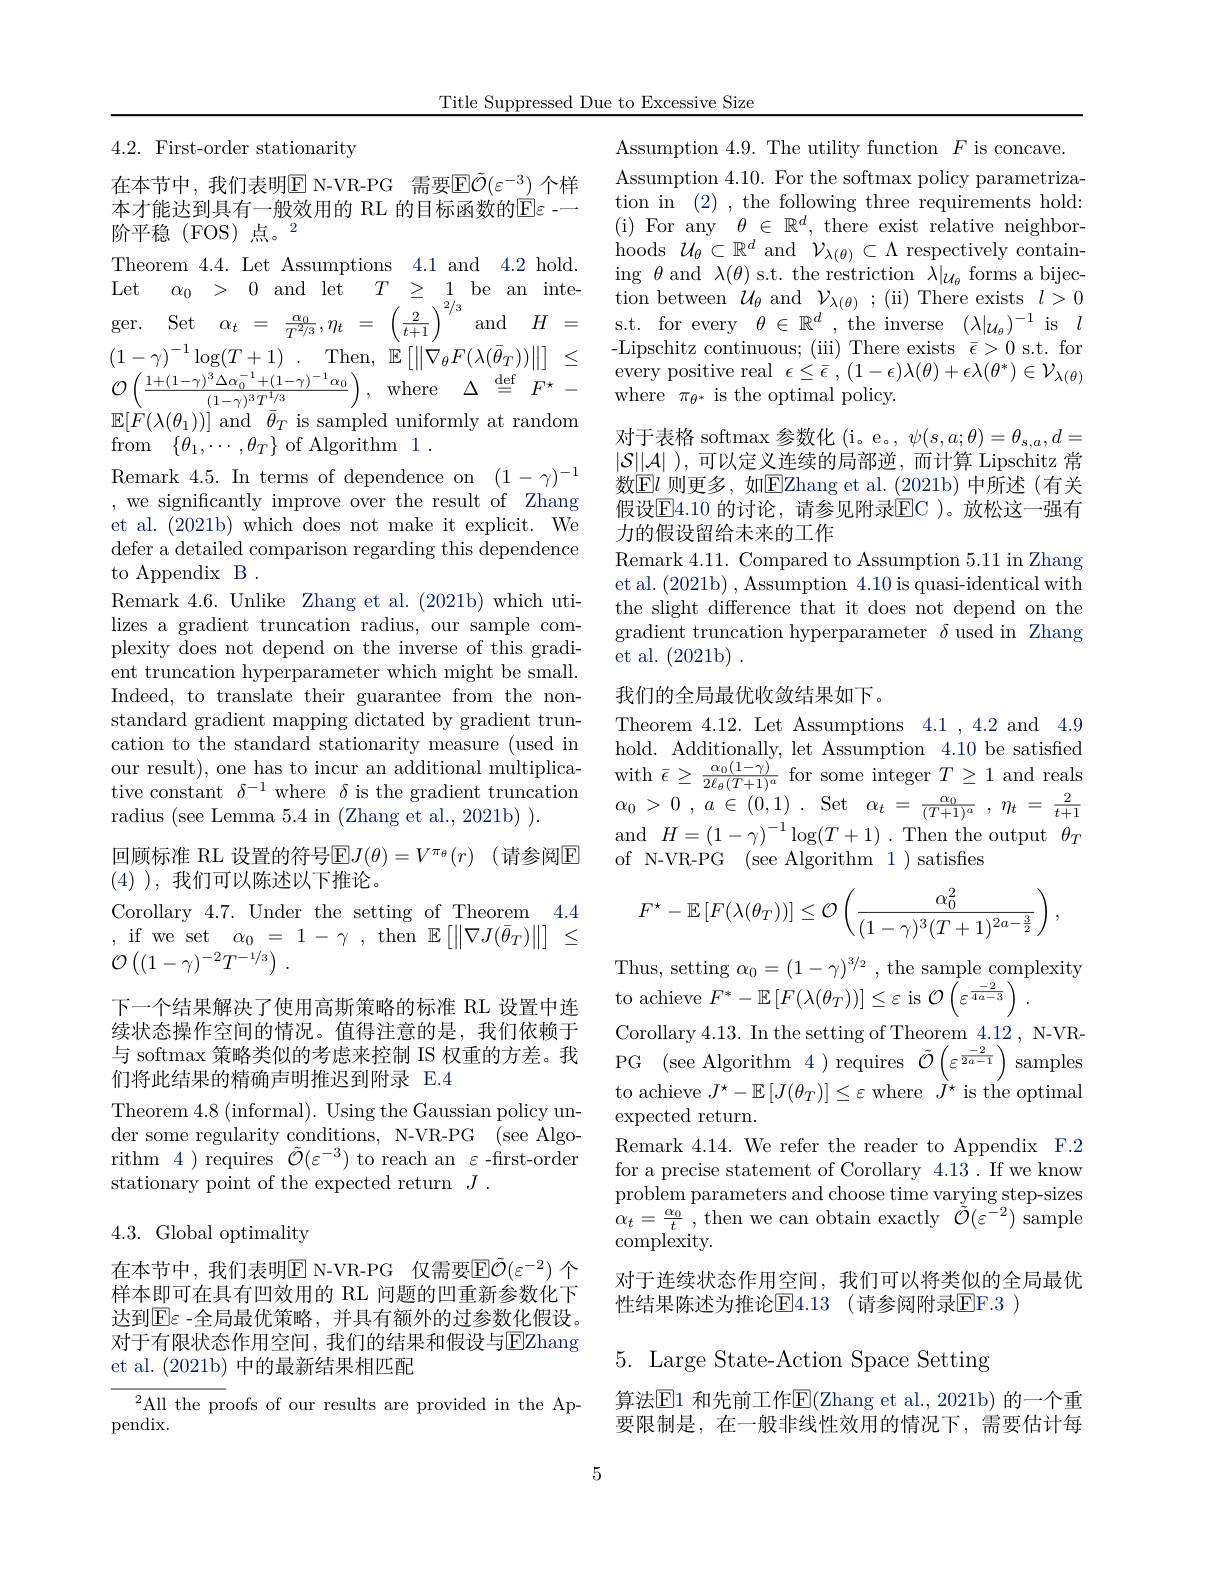
Title Suppressed Due to Excessive Size

## 4.2. First-order stationarity

Assumption 4.9. The utility function $F$ is concave.
Assumption 4.10. For the softmax policy parametrization in (2) , the following three requirements hold: (i) For any$\theta\in\mathbb{R}^d$,there exist relative neighborhoods $\mathcal{U}_\theta\subset\mathbb{R}^d$ and $\mathcal{V}_\lambda(\theta)\subset\Lambda$ respectively containing $\theta$ and $\lambda(\theta)$ s.t. the restriction $\lambda|_\mathcal{U}_\theta$ forms a bijection between $\mathcal{U}_{\theta}$ and $\mathcal{V}_{\lambda(\theta)}$ ; (ii) There exists $l>0$ s.t. for every $\theta\in\mathbb{R}^d$, the inverse$(\lambda|_{\mathcal{U}_\theta})^{-1}$is$l$ -Lipschitz continuous; (iii) There exists $\bar{\epsilon}>0$ s.t. for $\begin{array}{l}{{\mathrm{every~positive~real~}\epsilon\leq\bar{\epsilon}~,~(1-\epsilon)\lambda(\theta)+\epsilon\lambda(\theta^{*})\in\mathcal{V}_{\lambda(\theta)}}}\\{{\mathrm{where~}\pi_{\theta^{*}~is~the~optimal~policy.}}}\end{array}$ where $\pi_{\theta^*}$ is the optimal policy.

在本节中，我们表明$\operatorname{E}$ N-VR-PG 需要$\operatorname{E}\tilde{\mathcal{O}}(\varepsilon^{-3})$ 个样本才能达到具有一般效用的 RL 的目标函数的E$\varepsilon$ - 阶平稳(FOS)点。2
Theorem 4.4. Let Assumptions 4.1 and 4.2 hold. Let $\alpha _{0}$ > 0 and let $T$ $\geq$ 1 be an inte- $\begin{array}{rcl}\mathrm{ger.}&\mathrm{Set}&\alpha_{t}&=&\frac{\alpha_{0}}{T^{2/3}},\eta_{t}&=&\left(\frac{-}{\frac{2}{t+1}}\right)^{2/3}&\mathrm{and}&H&=\end{array}$ $\left ( 1- \gamma \right ) ^{- 1}\log ( T+ 1)$ . $\operatorname { \mathrm{Then}} $, $\operatorname { \mathbb{E} } \left [ \| \acute{\nabla } _{\theta }F( \lambda ( \bar{\theta } _{T}) ) \| \right ]$ $\leq$ $\mathcal{O} \left ( \frac {1+ ( 1- \gamma ) ^{3}\Delta \alpha _{0}^{- 1}+ ( 1- \gamma ) ^{- 1}\alpha _{0}}{( 1- \gamma ) ^{3}T^{1/ 3}}\right ) $, where $\Delta \overset {\mathrm{def}}{\operatorname* { = } }$ $F^{\star }$ - $\begin{array}{c}{\mathbb{E}[\dot{F}(\lambda(\theta_{1}))]\mathrm{~and~}\bar{\theta}_{T}\mathrm{~is~sampled~uniformly~at~random}}\\{\mathbb{E}[\dot{F}(\lambda(\theta_{1}))]\mathrm{~and~}\bar{\theta}_{T}\mathrm{~is~sampled~uniformly~at~random}}\end{array}$ from $\{ \theta _1, \cdots , \theta _T\}$of${\text{Algorithm}}$ 1.
Remark 4.5. In terms of dependence on $(1-\gamma)^{-1}$ , we significantly improve over the result of Zhang et al. (2021b) which does not make it explicit. We defer a detailed comparison regarding this dependence to Appendix B .
Remark 4.6. Unlike Zhang et al. (2021b) which utilizes a gradient truncation radius, our sample complexity does not depend on the inverse of this gradient truncation hyperparameter which might be small. Indeed, to translate their guarantee from the nonstandard gradient mapping dictated by gradient truncation to the standard stationarity measure (used in our result) , one has to incur an additional multiplica- tive constant $\delta ^{- 1}$where $\delta$is the gradient truncation with $\bar{\epsilon } \geq \frac {\alpha _0( 1- \gamma ) }{2\ell _\theta ( T+ 1) ^a}$ for some integer $T\geq 1$ and reals radius ( see Lemma 5. 4. in ( Zhang et al. , 2021b) ) . $\alpha _0> 0$
回顾标准 RL 设置的符号$\operatorname { E} J( \theta ) = V^{\pi _\theta }( r)$ (请参阅$\operatorname{E}$
(4) ), 我们可以陈述以下推论。

对于表格 softmax 参数化 (i。e。, $\psi(s,a;\theta)=\theta_s,a,d=$ $|\mathcal{S}||\mathcal{A}|$ ),可以定义连续的局部逆，而计算 Lipschitz 常数$\mathbb{E}l$ 则更多，如$\mathbb{E}$Zhang et al.(2021b)中所述(有关假设$\overline{\mathrm{E}}4.10$ 的讨论，请参见附录$\overline{\mathrm{E}}$C )。放松这一强有力的假设留给未来的工作
Remark 4.11. Compared to Assumption 5.11 in Zhang et al. (2021b) , Assumption 4.10 is quasi-identical with the slight difference that it does not depend on the gradient truncation hyperparameter $\delta$ used in Zhang et al. (2021b).
我们的全局最优收敛结果如下。
Theorem 4.12. Let Assumptions 4.1 ,4.2 and 4.9 hold. Additionally, let Assumption 4.10 be satisfied and$H=(1-\gamma)^{-1}\log(T+1).$Then the output$\theta_T$ of N-VR-PG (see Algorithm 1)satisfies
$$F^\star-\mathbb{E}\left[F(\lambda(\theta_T))\right]\leq\mathcal{O}\left(\frac{\alpha_0^2}{(1-\gamma)^3(T+1)^{2a-\frac{3}{2}}}\right),$$
Thus, setting $\alpha_0=(1-\gamma)^{3/2}$ , the sample complexity
下一个结果解决了使用高斯策略的标准 RL 设置中连 to achieve $F^*-\mathbb{E}\left[F(\lambda(\theta_T))\right]\leq\varepsilon$ is $\mathcal{O}\left(\varepsilon^{\frac{-2}{4a-3}}\right).$
Corollary 4.13. In the setting of Theorem 4.12, N-VR- $\begin{array}{l}\mathrm{PG~(see~Algorithm~4~)~requires~}\tilde{\mathcal{O}}\left(\varepsilon^{\frac{-2}{2a-1}}\right)\mathrm{~samples}\\\mathrm{to~achieve~}J^{\star}-\mathbb{E}\left[J(\theta_{T})\right]\leq\varepsilon\mathrm{~where~}J^{\star}\mathrm{~is~the~optimal}\end{array}$ expected return.
Remark 4.14. We refer the reader to Appendix F.2 for a precise statement of Corollary 4.13. If we know $\dot{\text{problem parameters and choose time varying step-sizes}}$ $\dot{\alpha } _{t}= \frac {\alpha _{0}}t$ ,then we can obtain exactly$\tilde{\tilde{O}}(\varepsilon^{-2})$sample complexity.
对于连续状态作用空间，我们可以将类似的全局最优
性结果陈述为推论E4.13 (请参阅附录E$F. 3$ )
5. Large State-Action Space Setting

4.4
$\begin{array}{lcl},\text{if we set}&\alpha_0=&1-\gamma&,\text{then}&\mathbb{E}\left[\|\nabla J(\bar{\theta}_T)\|\right]&\leq\\\mathcal{O}\left((1-\gamma)^{-2}T^{-1/3}\right).\end{array}$

Corollary 4.7. Under the setting of Theorem

续状态操作空间的情况。值得注意的是，我们依赖于与 softmax 策略类似的考虑来控制 IS 权重的方差。我们将此结果的精确声明推迟到附录 E.4

Theorem 4.8 (informal). Using the Gaussian policy under some regularity conditions, N-VR-PG (see Algorithm 4) requires $\tilde{\mathcal{O}}(\varepsilon^{-3})$ to reach an $\varepsilon$-first-order stationary point of the expected return $J.$

4.3.Global optimality

在本节中，我们表明$\mathbb{E}$ N-VR-PG 仅需要$\mathbb{E}\tilde{\mathcal{O}}(\varepsilon^{-2})$ 个样本即可在具有凹效用的 RL 问题的凹重新参数化下达到$\mathbb{E}\varepsilon$ -全局最优策略，并具有额外的过参数化假设。对于有限状态作用空间，我们的结果和假设与$\overline{\mathrm{E}}$Zhang et al. (2021b) 中的最新结果相匹配

算法$\mathbb{E}$1 和先前工作$\mathbb{E}($Zhang et al., 2021b) 的一个重要限制是，在一般非线性效用的情况下，需要估计每

$^2$All the proofs of our results are provided in the Ap-
pendix.

5